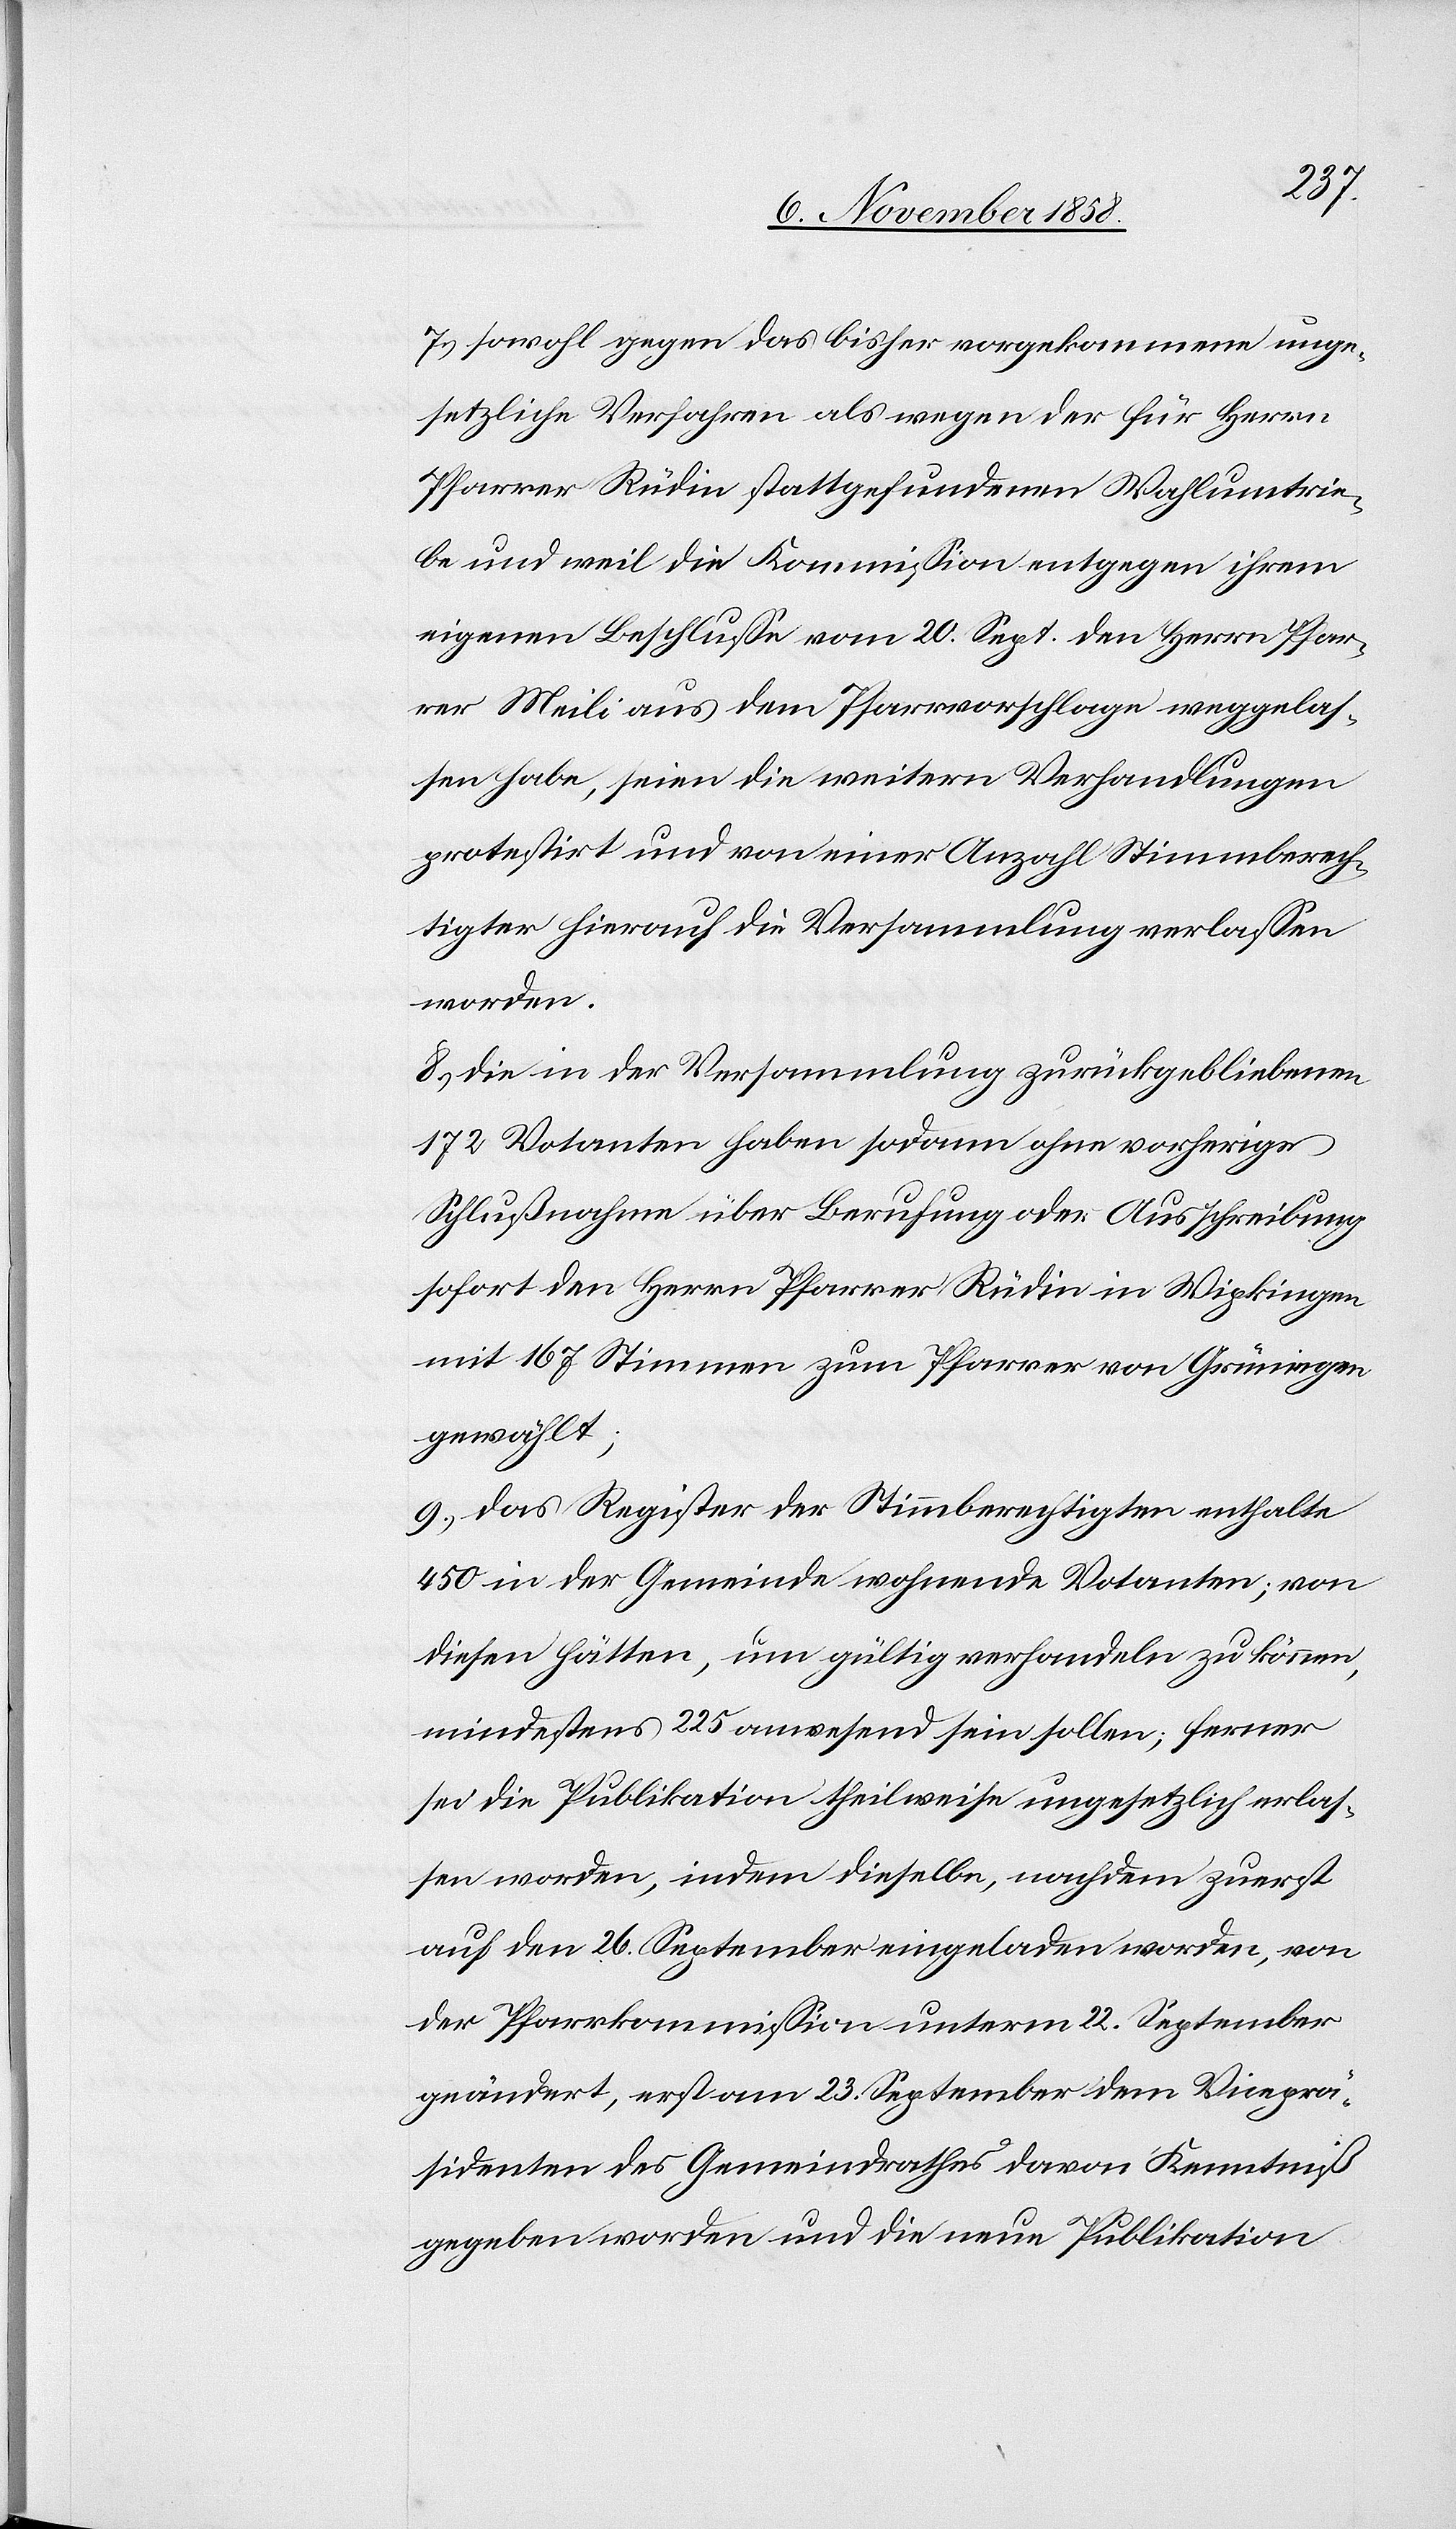
7.) sowohl gegen das bisher vorgekommene unge¬
setzliche Verfahren als wegen der für Herrn
Pfarrer Rüdin stattgefundenen Wahlumtrie¬
be und weil die Kommission entgegen ihrem
eigenen Beschlusse vom 20. Sept. den Herrn Pfar¬
rer Meili aus dem Pfarrvorschlage weggelas¬
sen habe, seien die weitern Verhandlungen
protestirt und von einer Anzahl Stimmberech¬
tigter hierauf die Versammlung verlassen
worden.
8.) Die in der Versammlung zurückgebliebenen
172 Votanten haben sodann ohne vorherige
Schlußnahme über Berufung oder Ausschreibung
sofort den Herrn Pfarrer Rüdin in Wipkingen
mit 167 Stimmen zum Pfarrer von Grüningen
gewählt;
9.) das Register der Stimmberechtigten enthalte
450 in der Gemeinde wohnende Votanten; von
diesen hätten, um gültig verhandeln zu können,
mindestens 225 anwesend sein sollen; ferner
sei die Publikation theilweise ungesetzlich erlas¬
sen worden, indem dieselbe, nachdem zuerst
auf den 26. September eingeladen worden, von
der Pfarrkommission unterm 22. September
geändert, erst am 23. September dem Viceprä¬
sidenten des Gemeindrathes davon Kenntniß
gegeben worden und die neue Publikation